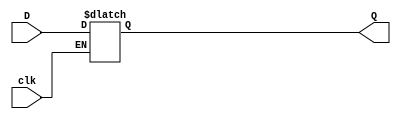
module d_latch (D, clk, Q);
	input D, clk;
	output reg Q;
	
	always@(D, clk)
		if(clk)
			Q = D;
			
endmodule